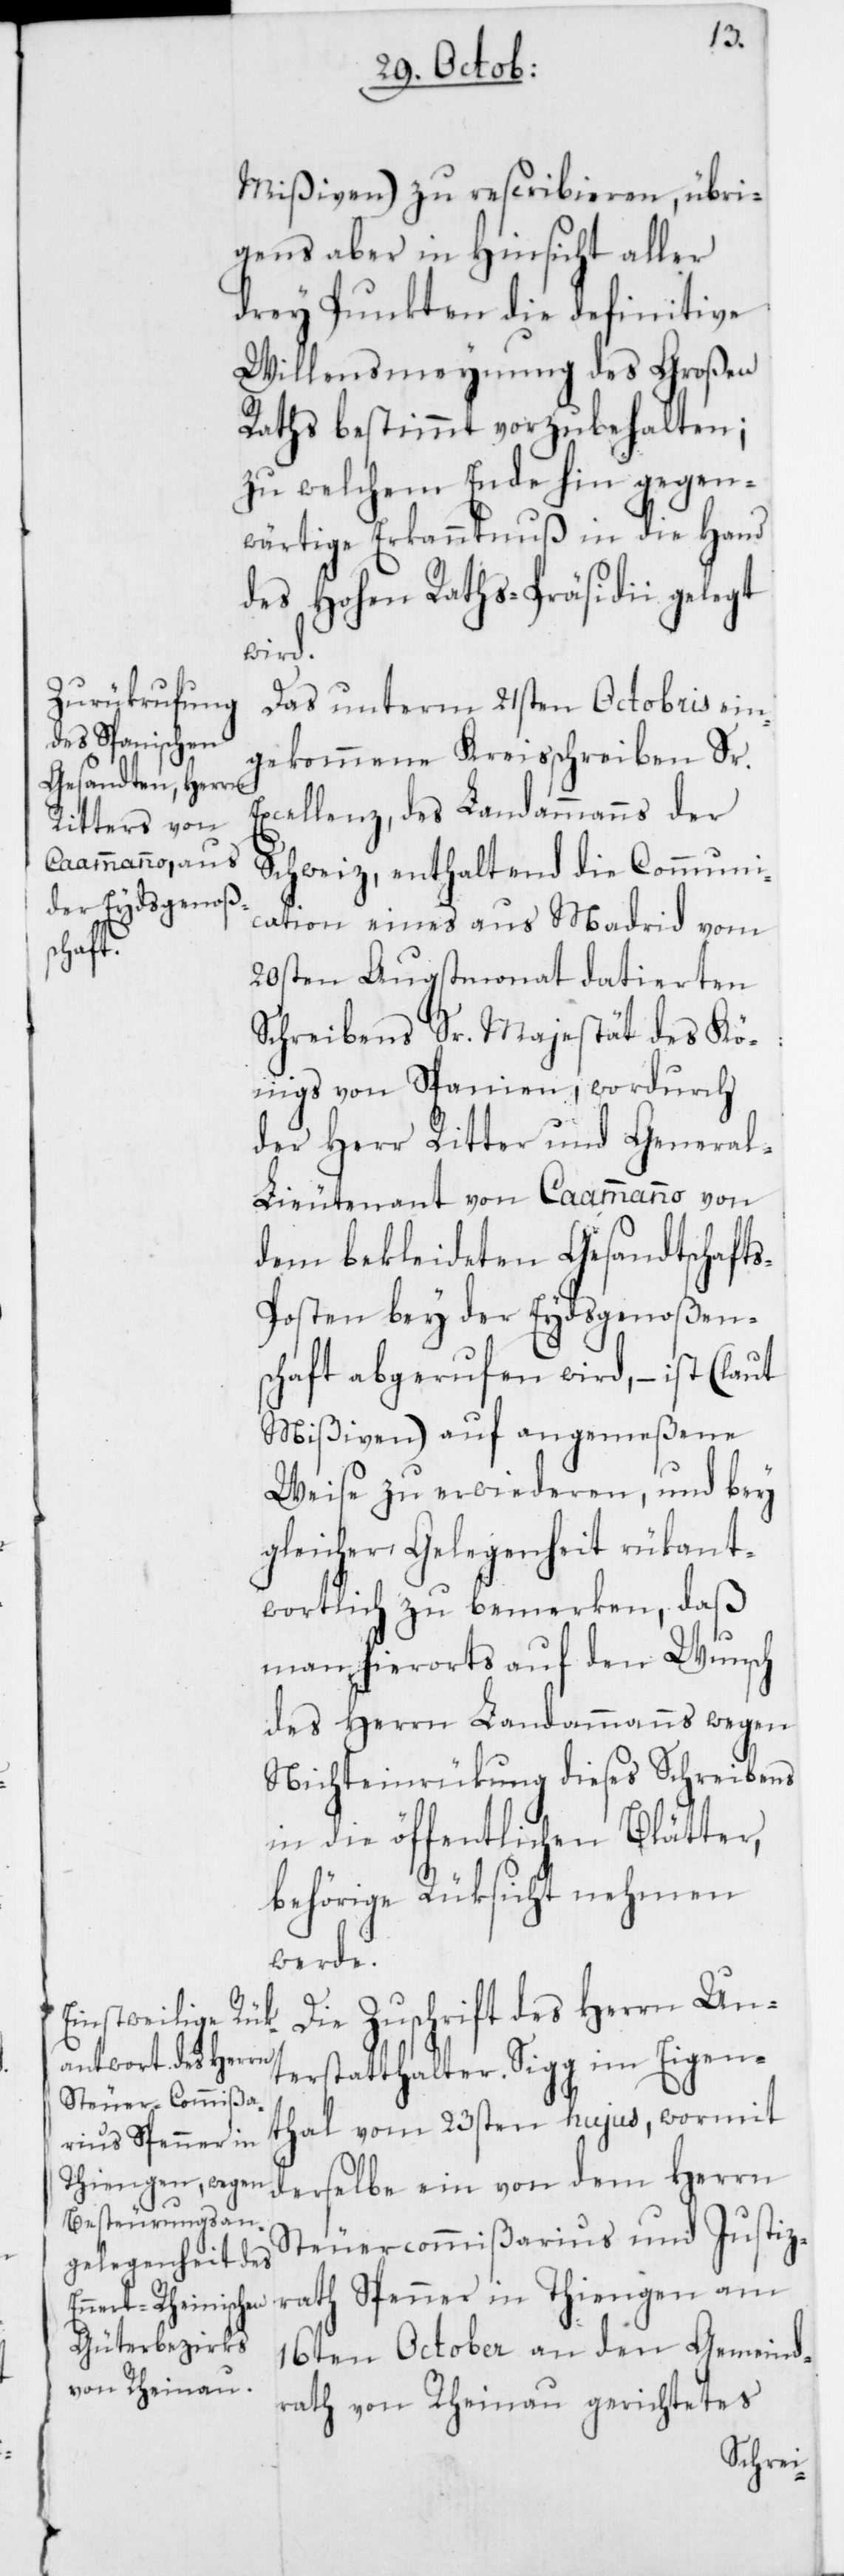
Mißiven) zu rescribieren, übri¬
gens aber in Hinsicht aller
drey Punkten die definitive
Willensmeynung des Großen
Raths bestimmt vorzubehalten;
zu welchem Ende hin gegen¬
wärtige Erkanntnuß in die Hand
des Hohen Raths-Präsidii gelegt
wird.
Das unterm 21sten Octobris ein¬
gekommene Kreisschreiben Sr.
Excellenz, des Landammanns der
Schweiz, enthaltend die Communi¬
cation eines aus Madrid vom
20sten Augstmonat datierten
Schreibens Sr. Majestät des Kö¬
nigs von Spanien, wordurch
der Herr Ritter und Genera¬
l-Lieutenant von Caammanno von
dem bekleideten Gesandtschaft¬
s-Posten bey der Eydsgenoßens¬
chaft abgerufen wird, – ist (laut
Mißiven) auf angemeßene
Weise zu erwiederen, und bey
gleicher Gelegenheit rükant¬
wortlich zu bemerken, daß
man hierorts auf den Wunsch
des Herrn Landammanns wegen
Nichteinrükung dieses Schreibens
in die öffentlichen Blätter,
behörige Rüksicht nehmen
werde.
Die Zuschrift des Herrn Un¬
terstatthalter Sigg im Eigen¬
thal vom 23sten hujus, wormit
derselbe ein von dem Herrn
Steuercommißarius und Justiz¬
rath Spenner in Thiengen am
16ten October an den Gemeind¬
rath von Rheinau gerichtetes